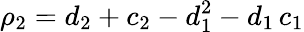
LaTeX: \rho_{2}=d_{2}+c_{2}-d_{1}^{2}-d_{1}\, c_{1}